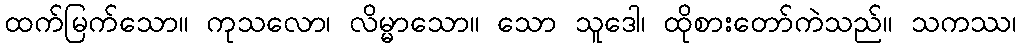
ထက်မြက်သော။ ကုသလော၊ လိမ္မာသော။ သော သူဒေါ၊ ထိုစားတော်ကဲသည်။ သကဿ၊